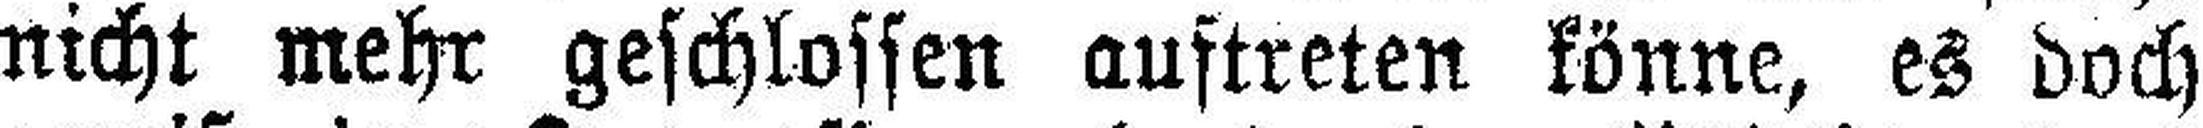
nicht mehr geschlossen auftreten könne, es doch